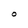
Character: o